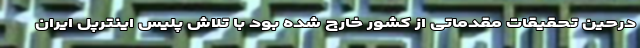
درحین تحقیقات مقدماتی از کشور خارج شده بود با تلاش پلیس اینترپل ایران